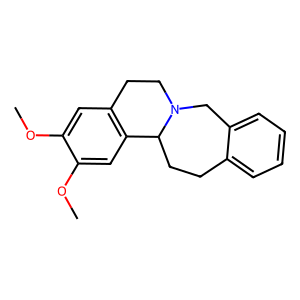
SMILES: COc1cc2c(cc1OC)C1CCc3ccccc3CN1CC2
Inhibits HIV replication: No